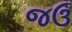
જઉ